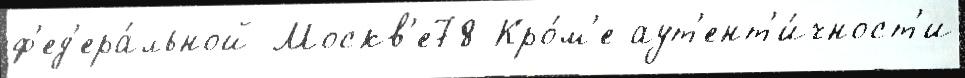
ф'ед'ера́льной Москв'е78 Кро́м'е аут'ент'и́чност'и